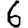
Digit: 6